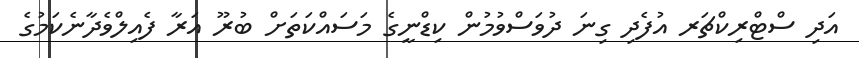
އަދި ސްޓްރިކްޗަރ އުފެދި ގިނަ ދުވަސްވުމުން ކިޑްނީގެ މަސައްކަތަށް ބުރޫ އަރާ ފެއިލްވެދާނެކަމުގެ